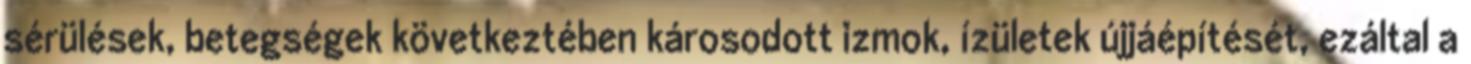
sérülések, betegségek következtében károsodott izmok, ízületek újjáépítését, ezáltal a